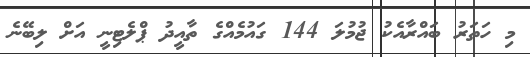
މި ހަތަރު ބައްރާއެކު ޖުމުލަ 144 ގައުމެއްގެ ތާއީދު ޕްލެޓިނީ އަށް ލިބޭނެ